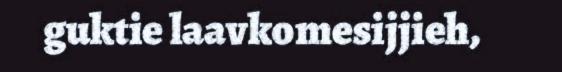
guktie laavkomesijjieh,